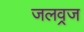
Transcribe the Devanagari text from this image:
जलव्रज